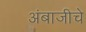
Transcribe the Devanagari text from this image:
अंबाजीचे